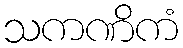
သကဏိကံ